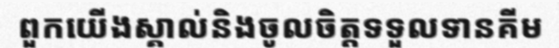
ពួកយើងស្គាល់និងចូលចិត្តទទួលទានគីម